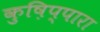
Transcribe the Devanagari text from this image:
कुष़िप्पारा